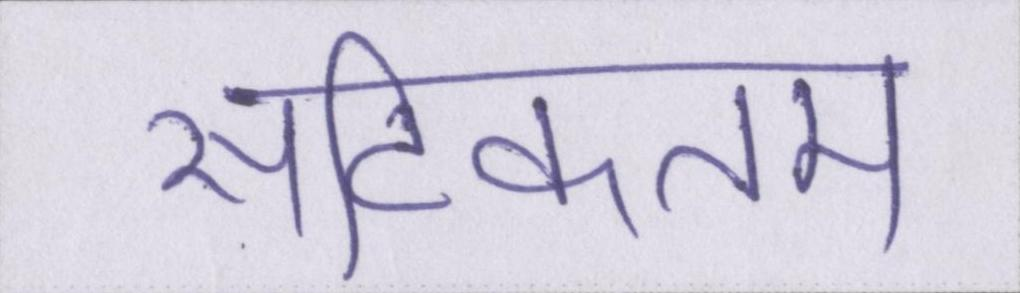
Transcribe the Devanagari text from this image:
सटिकतम